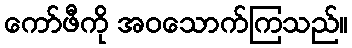
ကော်ဖီကို အဝသောက်ကြသည်။